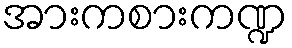
အားကစားကဏ္ဍ